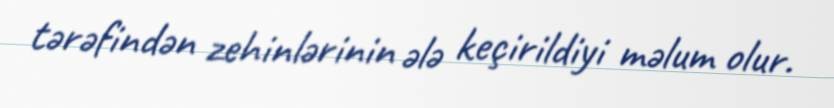
tərəfindən zehinlərinin ələ keçirildiyi məlum olur.